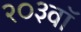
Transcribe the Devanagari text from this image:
२०३वॉ